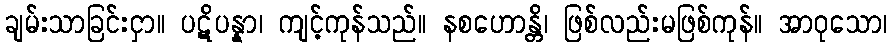
ချမ်းသာခြင်းငှာ။ ပဋိပန္နာ၊ ကျင့်ကုန်သည်။ နစဟောန္တိ၊ ဖြစ်လည်းမဖြစ်ကုန်။ အာဝုသော၊